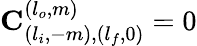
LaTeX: \mathbf{C}_{(l_{i},-m),(l_{f},0)}^{(l_{o},m)}=0